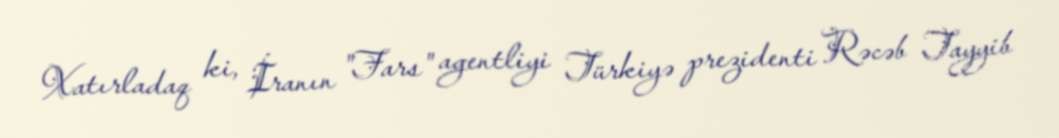
Xatırladaq ki, İranın "Fars" agentliyi Türkiyə prezidenti Rəcəb Tayyib